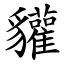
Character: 貛